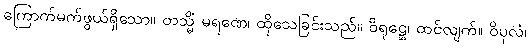
ကြောက်မက်ဖွယ်ရှိသော။ တသ္မိံ မရဏေ၊ ထိုသေခြင်းသည်။ ဝိရုဠှေ၊ ထင်လျက်။ ဝိပုလံ၊